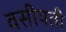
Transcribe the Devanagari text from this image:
वसीयती